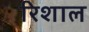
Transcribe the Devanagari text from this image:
रिशाल